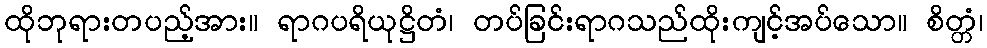
ထိုဘုရားတပည့်အား။ ရာဂပရိယုဋ္ဌိတံ၊ တပ်ခြင်းရာဂသည်ထိုးကျင့်အပ်သော။ စိတ္တံ၊